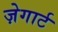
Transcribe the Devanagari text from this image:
ज़ेगार्ट